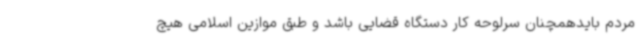
مردم بایدهمچنان سرلوحه کار دستگاه قضایی باشد و طبق موازین اسلامی هیچ